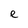
Character: e